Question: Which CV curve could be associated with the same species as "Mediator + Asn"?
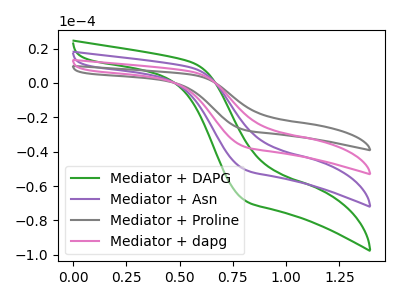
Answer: <think>The green curve "Mediator + DAPG" has no peaks. The purple curve "Mediator + Asn" has no peaks. The gray curve "Mediator + Proline" has no peaks. The pink curve "Mediator + dapg" has no peaks.
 Neither "Mediator + DAPG" or "Mediator + Asn" have any peaks. Neither "Mediator + DAPG" or "Mediator + Proline" have any peaks. Neither "Mediator + DAPG" or "Mediator + dapg" have any peaks. Neither "Mediator + Asn" or "Mediator + Proline" have any peaks. Neither "Mediator + Asn" or "Mediator + dapg" have any peaks. Neither "Mediator + Proline" or "Mediator + dapg" have any peaks.</think>
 <answer>"Mediator + Asn", "Mediator + Proline" and "Mediator + dapg" have a similar shape to "Mediator + DAPG".</answer>
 <eval>"Mediator + Asn" "Mediator + Proline" "Mediator + dapg"</eval>